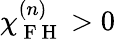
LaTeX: \chi_{\mathrm{~F~H~}}^{(n)}>0